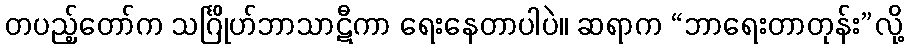
တပည့်တော်က သင်္ဂြိုဟ်ဘာသာဋီကာ ရေးနေတာပါပဲ။ ဆရာက “ဘာရေးတာတုန်း”လို့